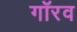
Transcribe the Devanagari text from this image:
गॉरव